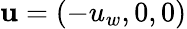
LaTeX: \mathbf{u}=(-u_{w},0,0)